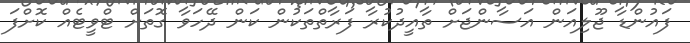
ފައުންޑާ ޖޫލިއަން އަސާންޖަށް ތާއީދުކުރާ ފަރާތްތަކުން ކަން ދޭހަވާ ގޮތަށް ޓްވީޓެއް ކޮށްފަ